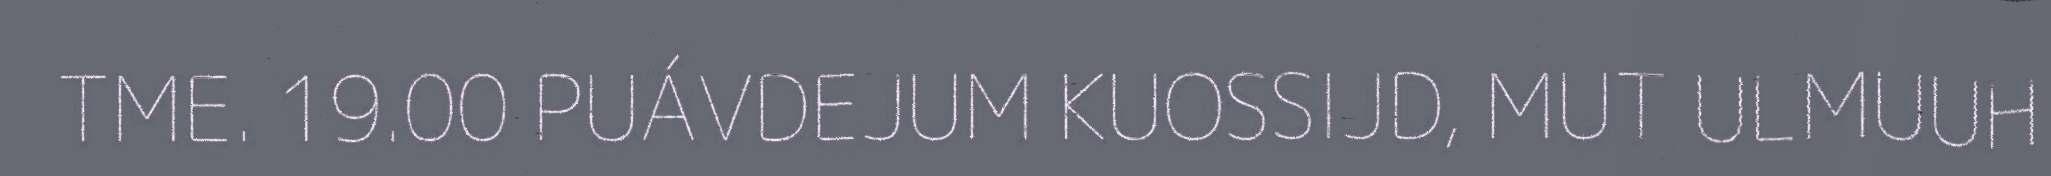
TME. 19.00 PUÁVDEJUM KUOSSIJD, MUT ULMUUH